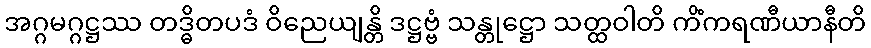
အဂ္ဂမဂ္ဂဋ္ဌဿ တဒ္ဓိတပဒံ ဝိညေယျန္တိ ဒဋ္ဌဗ္ဗံ သန္တုဋ္ဌော သတ္ထဝါတိ ကိံကရဏီယာနီတိ